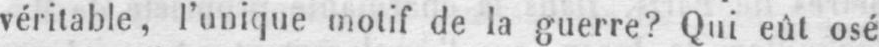
véritable, l’unique motif de la guerre? Qui eût osé